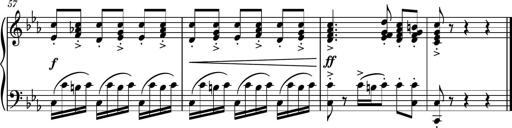
Title: Piano Sonatina No.5
Composer: Dimitri Sykias
Key: C minor